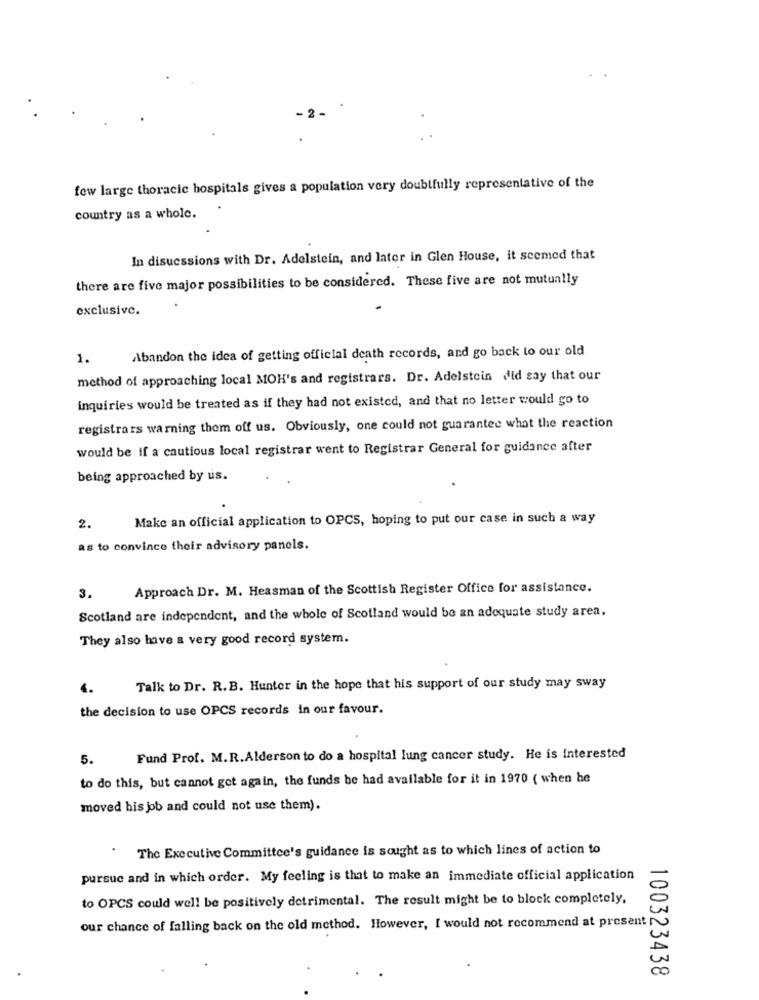
2 -
few large thoracic hospitals gives a population very doubtfully representative of the
country as a whole.
In disucssions with Dr. Adelstein, and later in Glen House, it seemed that
there are five major possibilities to be considered. These five are not mutually
exclusive.
Abandon the idea of getting official death records, and go back to our old
1.
method of approaching local MOH's and registrars. Dr. Adelstein did say that our
inquiries would be treated as if they had not existed, and that no letter would go to
registrars warning them off us. Obviously, one could not guarantee what the reaction
would be if a cautious local registrar went to Registrar General for guidance after
being approached by us.
Make an official application to OPCS, hoping to put our case in such a way
2.
as to convince their advisory panels.
Approach Dr. M. Heasman of the Scottish Register Office for assistance.
3.
Scotland are independent, and the whole of Scotland would be an adequate study area,
They also have a very good record system.
Talk to Dr. R.B. Hunter in the hope that his support of our study may sway
the decision to use OPCS records in our favour.
5.
Fund Prof. M.R. Alderson to do a hospital lung cancer study. He is interested
to do this, but cannot get again, the funds be had available for it in 1970 ( when he
moved his job and could not use them).
The Executive Committee's guidance is sought as to which lines of action to
pursuc and in which order. My feeling is that to make an immediate official application
to OPCS could well be positively detrimental. The result might be to block completely,
our chance of falling back on the old method. However, I would not recommend at present
100323438